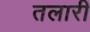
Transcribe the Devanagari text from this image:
तलारी